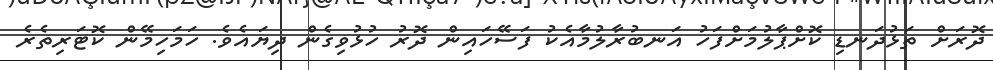
ދޮރަށް ތަޅުދަނޑި ކޮށްޕާލުމަށްފަހު އަނބުރާލުމާއެކު ފަސޭހައިން ދޮރު ހުޅުވިގެން ދިޔައެވެ. ހަމަހިމޭން ކޮޓަރިތެރެ